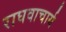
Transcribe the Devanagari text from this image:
राघवाचार्य